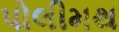
પોલીમથ